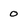
Character: o